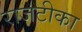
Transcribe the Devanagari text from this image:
राजटीका